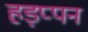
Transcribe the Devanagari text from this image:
हड़प्पन